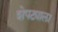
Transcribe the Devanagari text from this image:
शेपट्याला